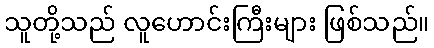
သူတို့သည် လူဟောင်းကြီးများ ဖြစ်သည်။